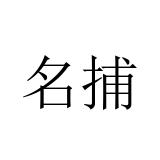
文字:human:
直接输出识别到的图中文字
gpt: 名捕